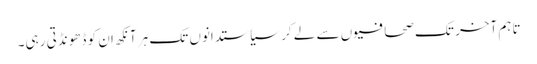
تاہم آخر تک صحافیوں سے لے کر سیاستدانوں تک ہر آنکھ ان کو ڈھونڈتی رہی۔